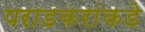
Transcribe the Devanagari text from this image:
पराडकरांकडे